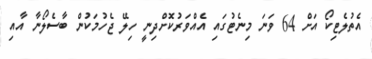
އެތުލެޓިކޯ އަށް 64 ވަނަ މިނެޓުގައި އެއްވަރުކޮށްދިނީ ހިލޭ ޖެހުމަކުން ބާސެލޯނާ އާއި